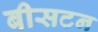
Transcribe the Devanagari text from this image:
बीसटन